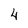
Character: 4